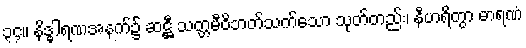
၃၄။ နိဒ္ဓါရဏအနက်၌ ဆဋ္ဌီ သတ္တမီဝိဘတ်သက်သော သုတ်တည်း၊ နီဟရိတွာ ဓာရဏံ